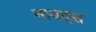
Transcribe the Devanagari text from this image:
नायद्स